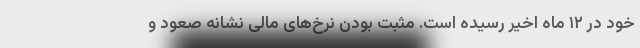
خود در ۱۲ ماه اخیر رسیده است. مثبت بودن نرخ‌های مالی نشانه صعود و